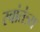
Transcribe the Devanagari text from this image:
स्वांतंत्र्य